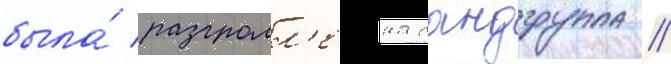
была́ разгромл'ена бандгруппа //